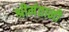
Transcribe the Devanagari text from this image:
श्रीमंतानी